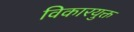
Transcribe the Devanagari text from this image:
विकारयुक्त